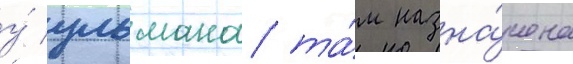
у́ ульмана та́м назна́чена